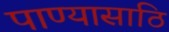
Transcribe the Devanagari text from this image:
पाण्यासाठि